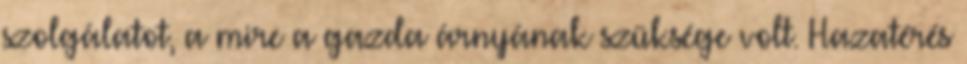
szolgálatot, a mire a gazda árnyának szüksége volt. Hazatérés